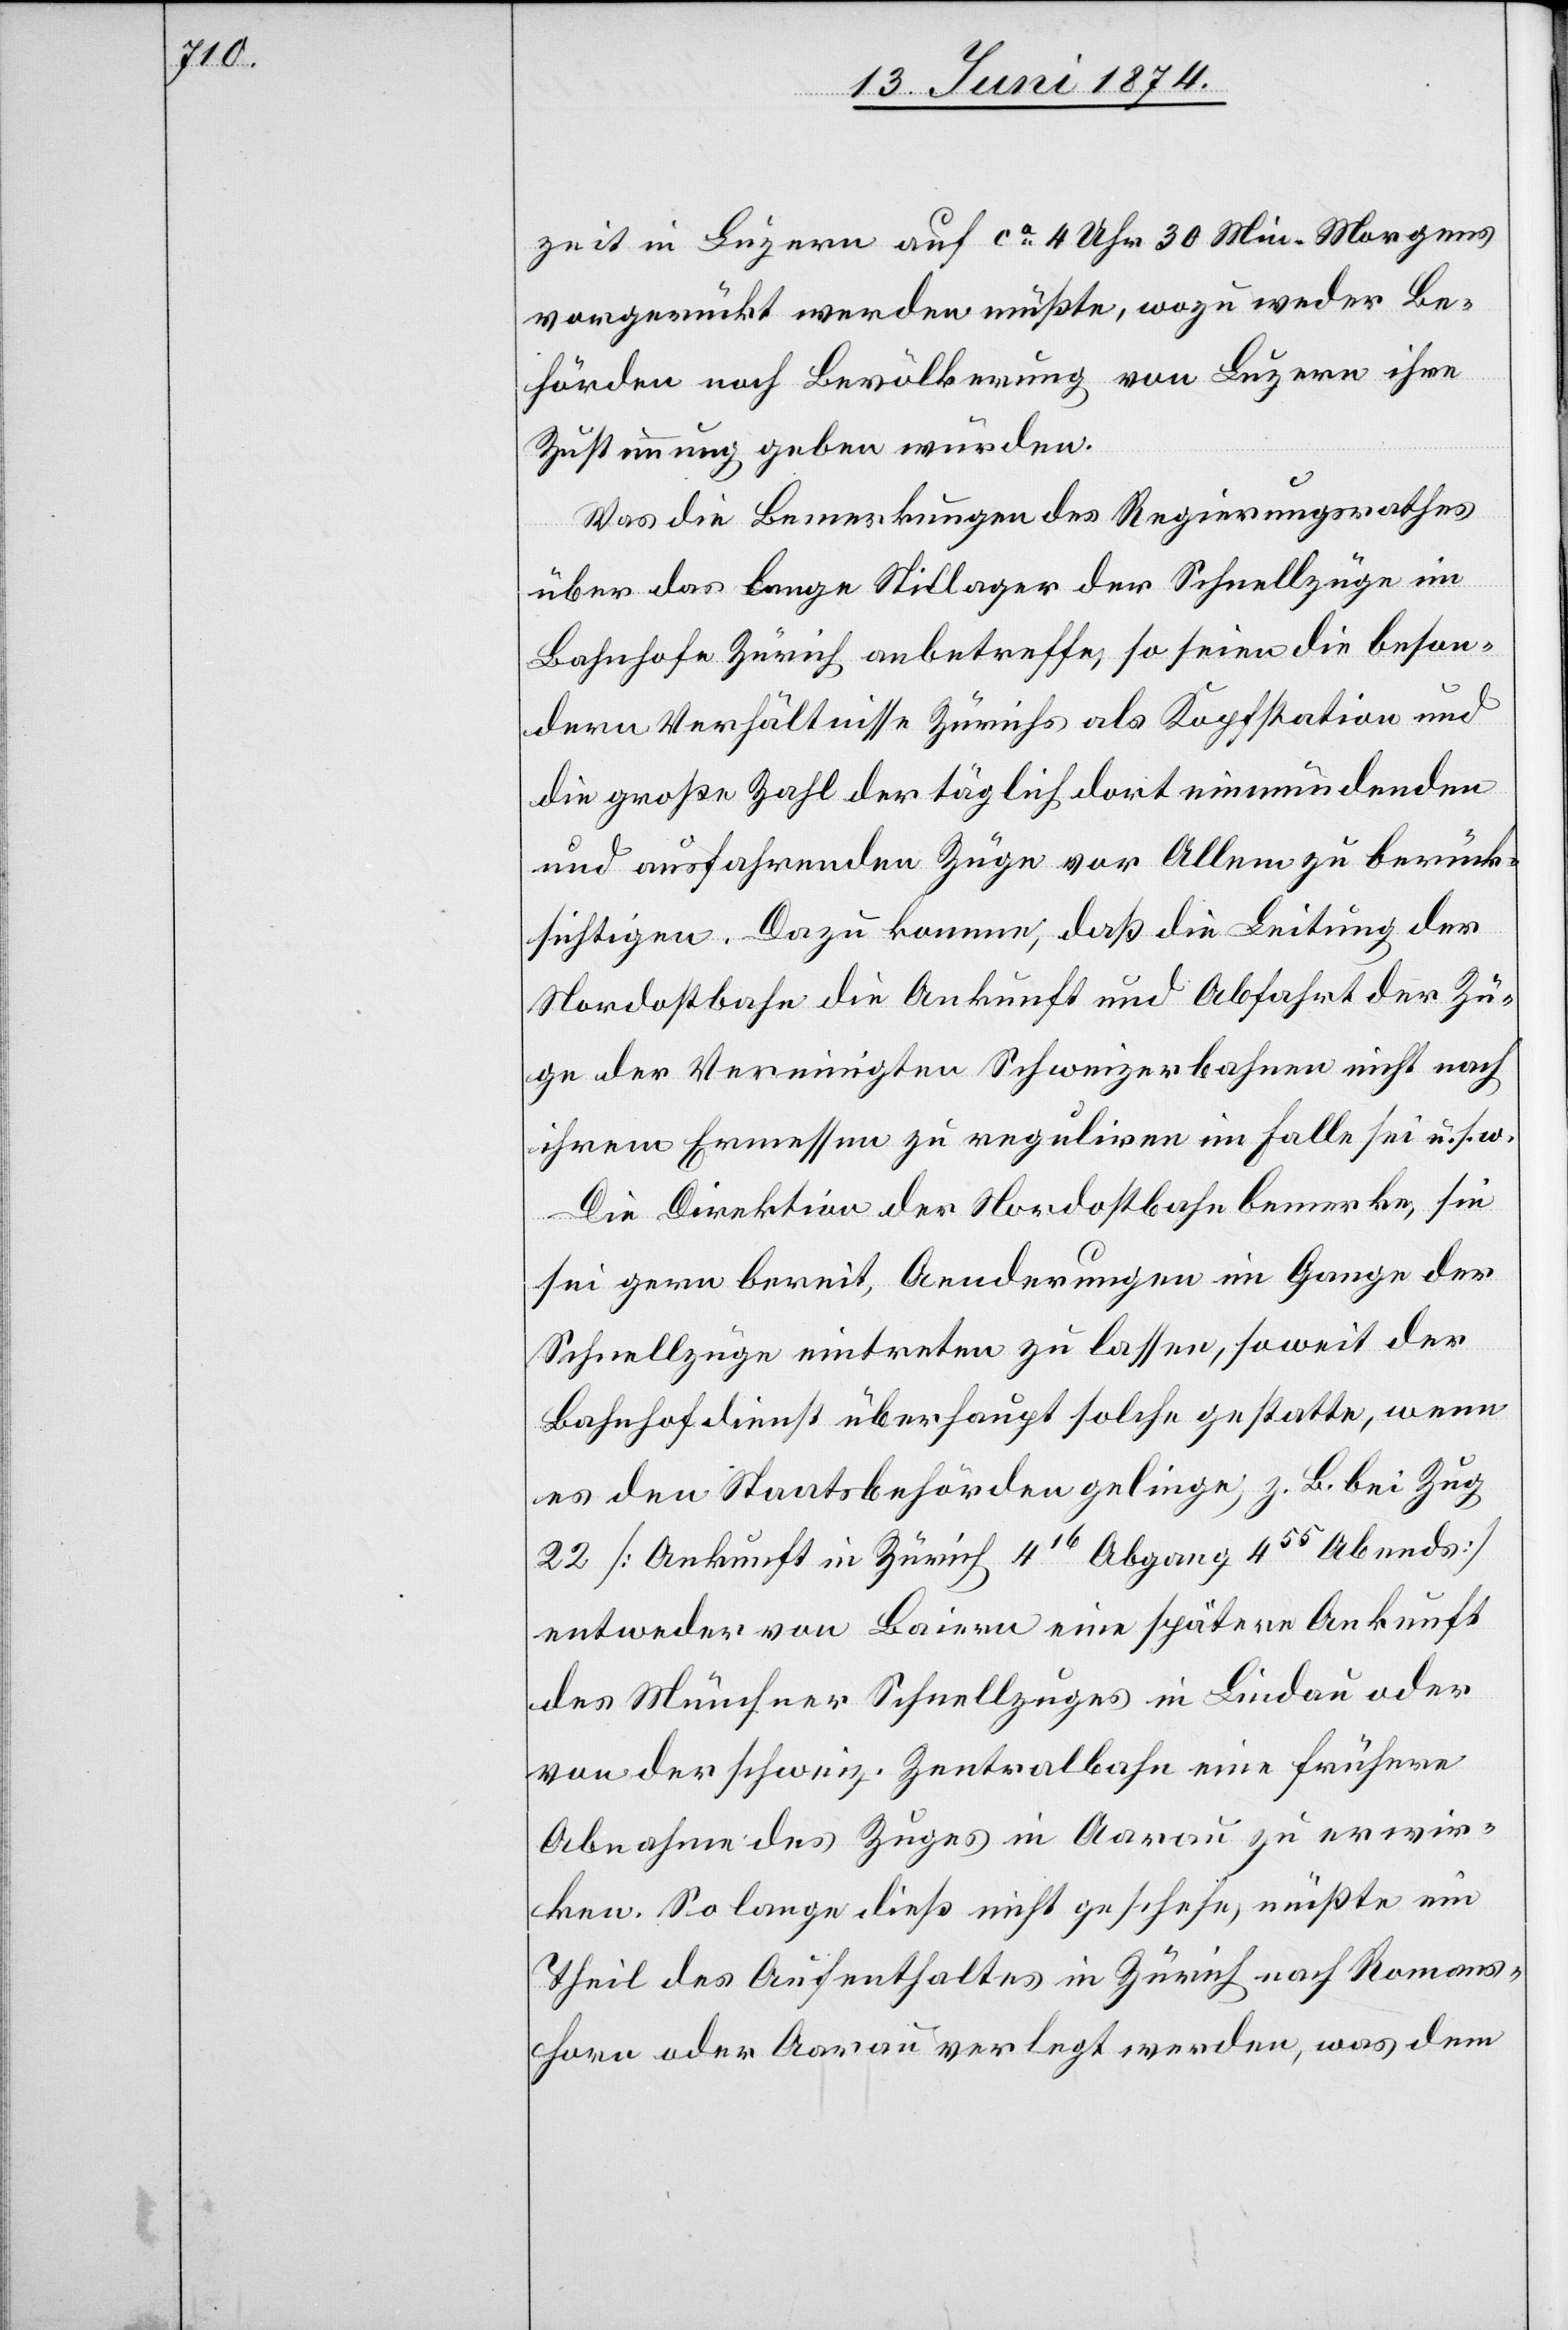
zeit in Luzern auf ca 4 Uhr 30 Min. Morgens
vorgerückt werden müßte, wozu weder Be¬
hörden noch Bevölkerung von Luzern ihre
Zustimmung geben würden.
Was die Bemerkungen des Regierungsrathes
über das lange Stillager der Schnellzüge im
Bahnhofe Zürich anbetreffe, so seien die beson¬
dern Verhältnisse Zürichs als Kopfstation und
die große Zahl der täglich dort einmündenden
und ausfahrenden Züge vor Allem zu berück¬
sichtigen. Dazu komme, daß die Leitung der
Nordostbahn die Ankunft und Abfahrt der Zü¬
ge der Vereinigten Schweizerbahnen nicht nach
ihrem Ermessen zu reguliren im Falle sei u. s. w.
Die Direktion der Nordostbahn bemerke, sie
sei gern bereit, Aenderungen im Gange der
Schnellzüge eintreten zu lassen, soweit der
Bahnhofdienst überhaupt solche gestatte, wenn
es den Staatsbehörden gelinge, z. B. bei Zug
22 [Ankunft in Zürich 416 Abgang 455 Abends]
entweder von Baiern eine spätere Ankunft
des Müncher Schnellzuges in Lindau oder
von der schweiz. Zentralbahn eine frühere
Abnahme des Zuges in Aarau zu erwir¬
ken. So lange dieß nicht geschehe, müßte ein
Theil des Aufenthaltes in Zürich nach Romans¬
horn oder Aarau verlegt werden, was dem